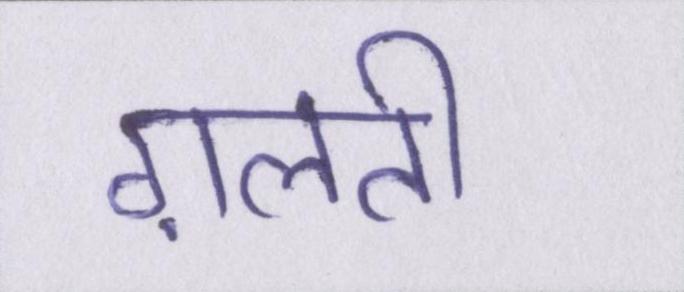
ग़लती